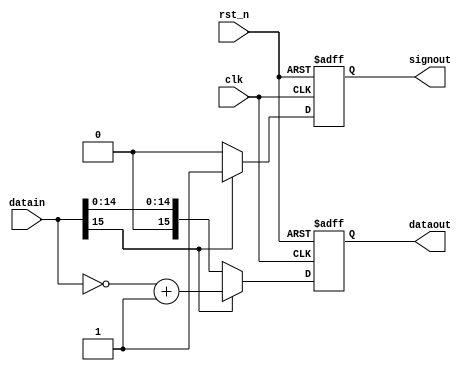
module changesign_h(datain,dataout,signout,clk,rst_n);
input clk,rst_n;
input [15:0]datain;
output [15:0]dataout;
output signout;
reg [15:0]dataout;
reg signout;

always @(posedge clk or negedge rst_n)
begin
if(!rst_n)
	begin
		dataout <= 16'd0;
		signout <= 0;
	end
else
    if(datain[15] == 0)
    begin
    dataout <= datain;
    signout <= 0;
    end
    else
    begin
    dataout <= (~datain) + 1;
    signout <= 1;
    end
end
endmodule